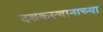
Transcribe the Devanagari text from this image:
दशकस्थानाच्या